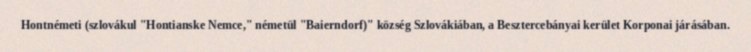
Hontnémeti (szlovákul "Hontianske Nemce," németül "Baierndorf)" község Szlovákiában, a Besztercebányai kerület Korponai járásában.